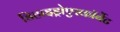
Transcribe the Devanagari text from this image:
डिहाइड्रोएस्कॉर्बेट